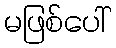
မဖြစ်ပေါ်